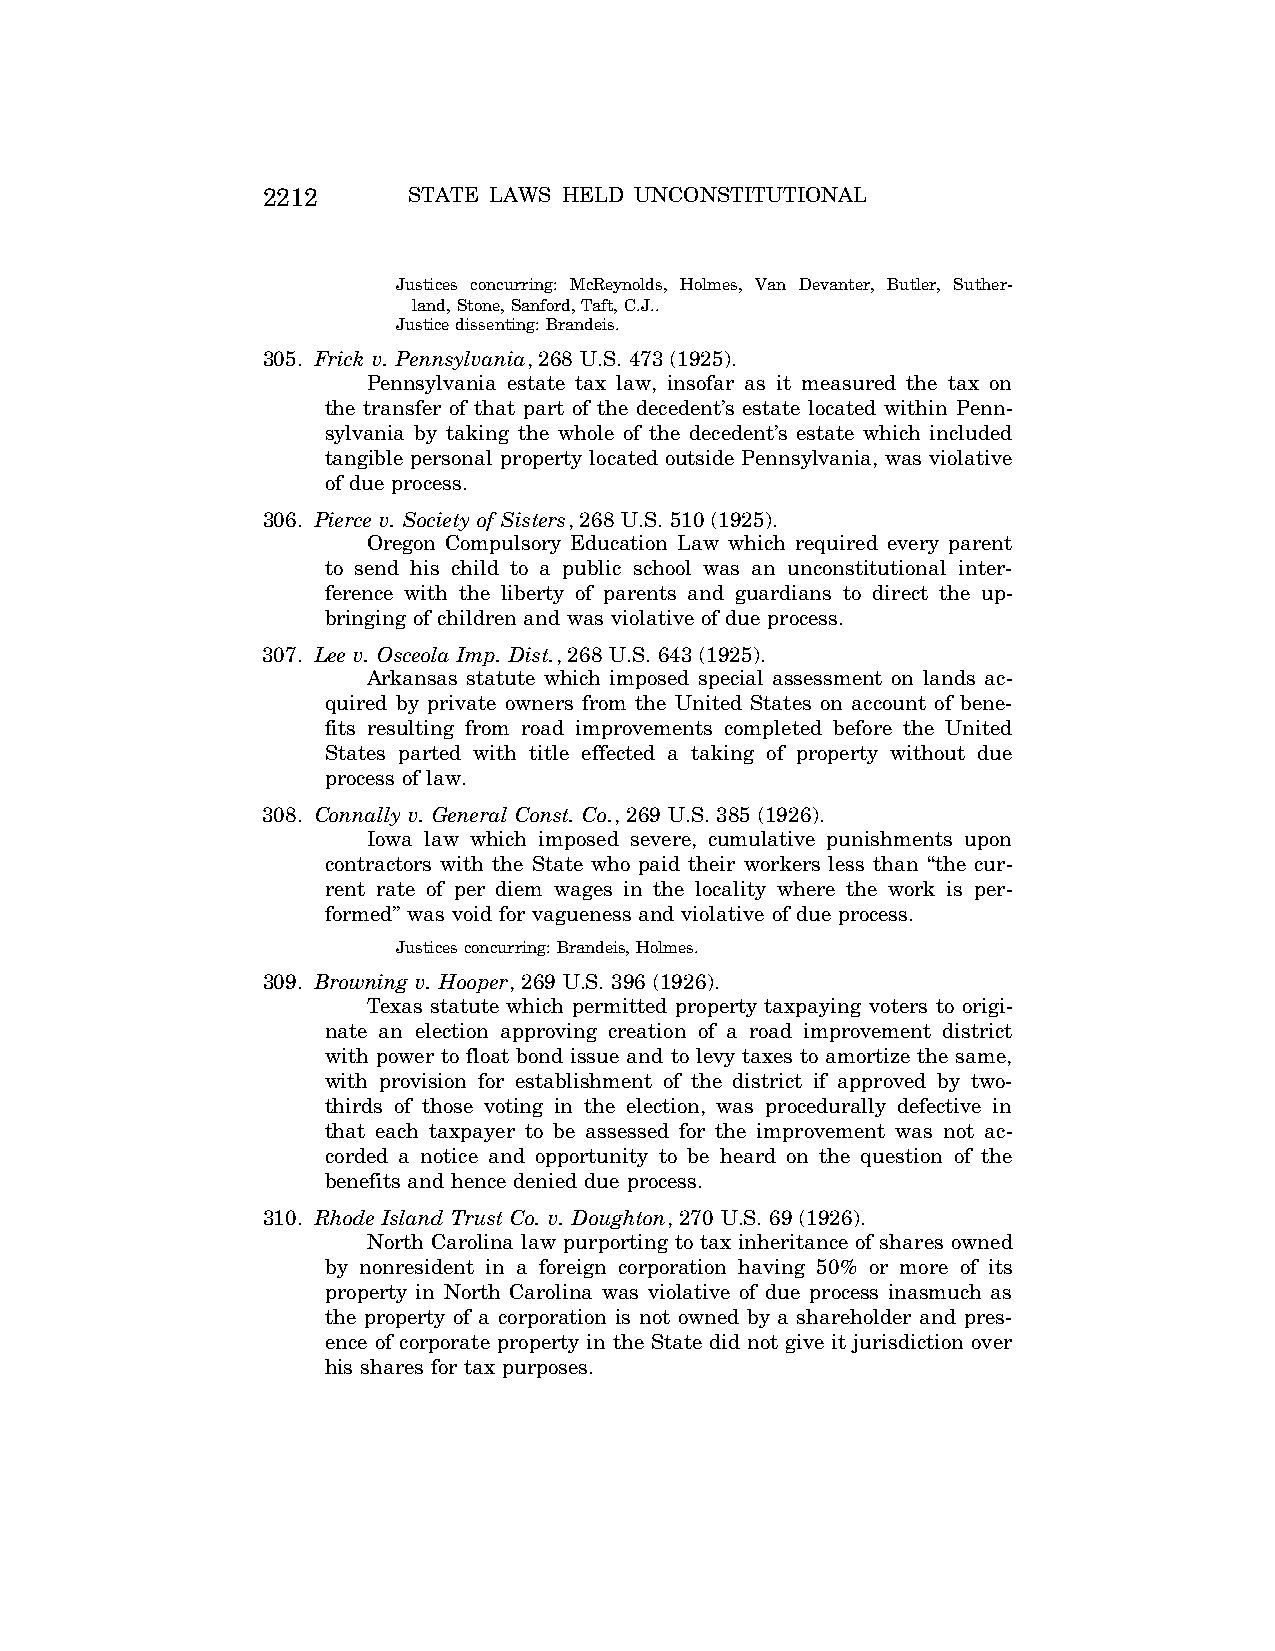
2212      STATE LAWS HELD UNCONSTITUTIONAL
 Justices concurring: McReynolds, Holmes, Van Devanter, Butler, Suther-
 land, Stone, Sanford, Taft, C.J..
 Justice dissenting: Brandeis.
 305. Frick v. Pennsylvania, 268 U.S. 473 (1925).
 Pennsylvania estate tax law, insofar as it measured the tax on
 the transfer of that part of the decedent’s estate located within Penn-
 sylvania by taking the whole of the decedent’s estate which included
 tangible personal property located outside Pennsylvania, was violative
 of due process.
 306. Pierce v. Society of Sisters, 268 U.S. 510 (1925).
 Oregon Compulsory Education Law which required every parent
 to send his child to a public school was an unconstitutional inter-
 ference with the liberty of parents and guardians to direct the up-
 bringing of children and was violative of due process.
 307. Lee v. Osceola Imp. Dist., 268 U.S. 643 (1925).
 Arkansas statute which imposed special assessment on lands ac-
 quired by private owners from the United States on account of bene-
 fits resulting from road improvements completed before the United
 States parted with title effected a taking of property without due
 process of law.
 308. Connally v. General Const. Co., 269 U.S. 385 (1926).
 Iowa law which imposed severe, cumulative punishments upon
 contractors with the State who paid their workers less than ‘‘the cur-
 rent rate of per diem wages in the locality where the work is per-
 formed’’ was void for vagueness and violative of due process.
 Justices concurring: Brandeis, Holmes.
 309. Browning v. Hooper, 269 U.S. 396 (1926).
 Texas statute which permitted property taxpaying voters to origi-
 nate an election approving creation of a road improvement district
 with power to float bond issue and to levy taxes to amortize the same,
 with provision for establishment of the district if approved by two-
 thirds of those voting in the election, was procedurally defective in
 that each taxpayer to be assessed for the improvement was not ac-
 corded a notice and opportunity to be heard on the question of the
 benefits and hence denied due process.
 310. Rhode Island Trust Co. v. Doughton, 270 U.S. 69 (1926).
 North Carolina law purporting to tax inheritance of shares owned
 by nonresident in a foreign corporation having 50% or more of its
 property in North Carolina was violative of due process inasmuch as
 the property of a corporation is not owned by a shareholder and pres-
 ence of corporate property in the State did not give it jurisdiction over
 his shares for tax purposes.
 VerDate Aug<04>2004 12:57 Aug 23, 2004 Jkt 077500 PO 00000 Frm 00052 Fmt 8222 Sfmt 8222 C:\CONAN\CON064.SGM PRFM99 PsN: CON064